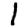
Digit: 1